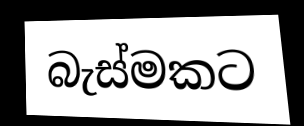
බැස්මකට